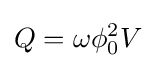
Q=\omega \phi _{0}^{2}V